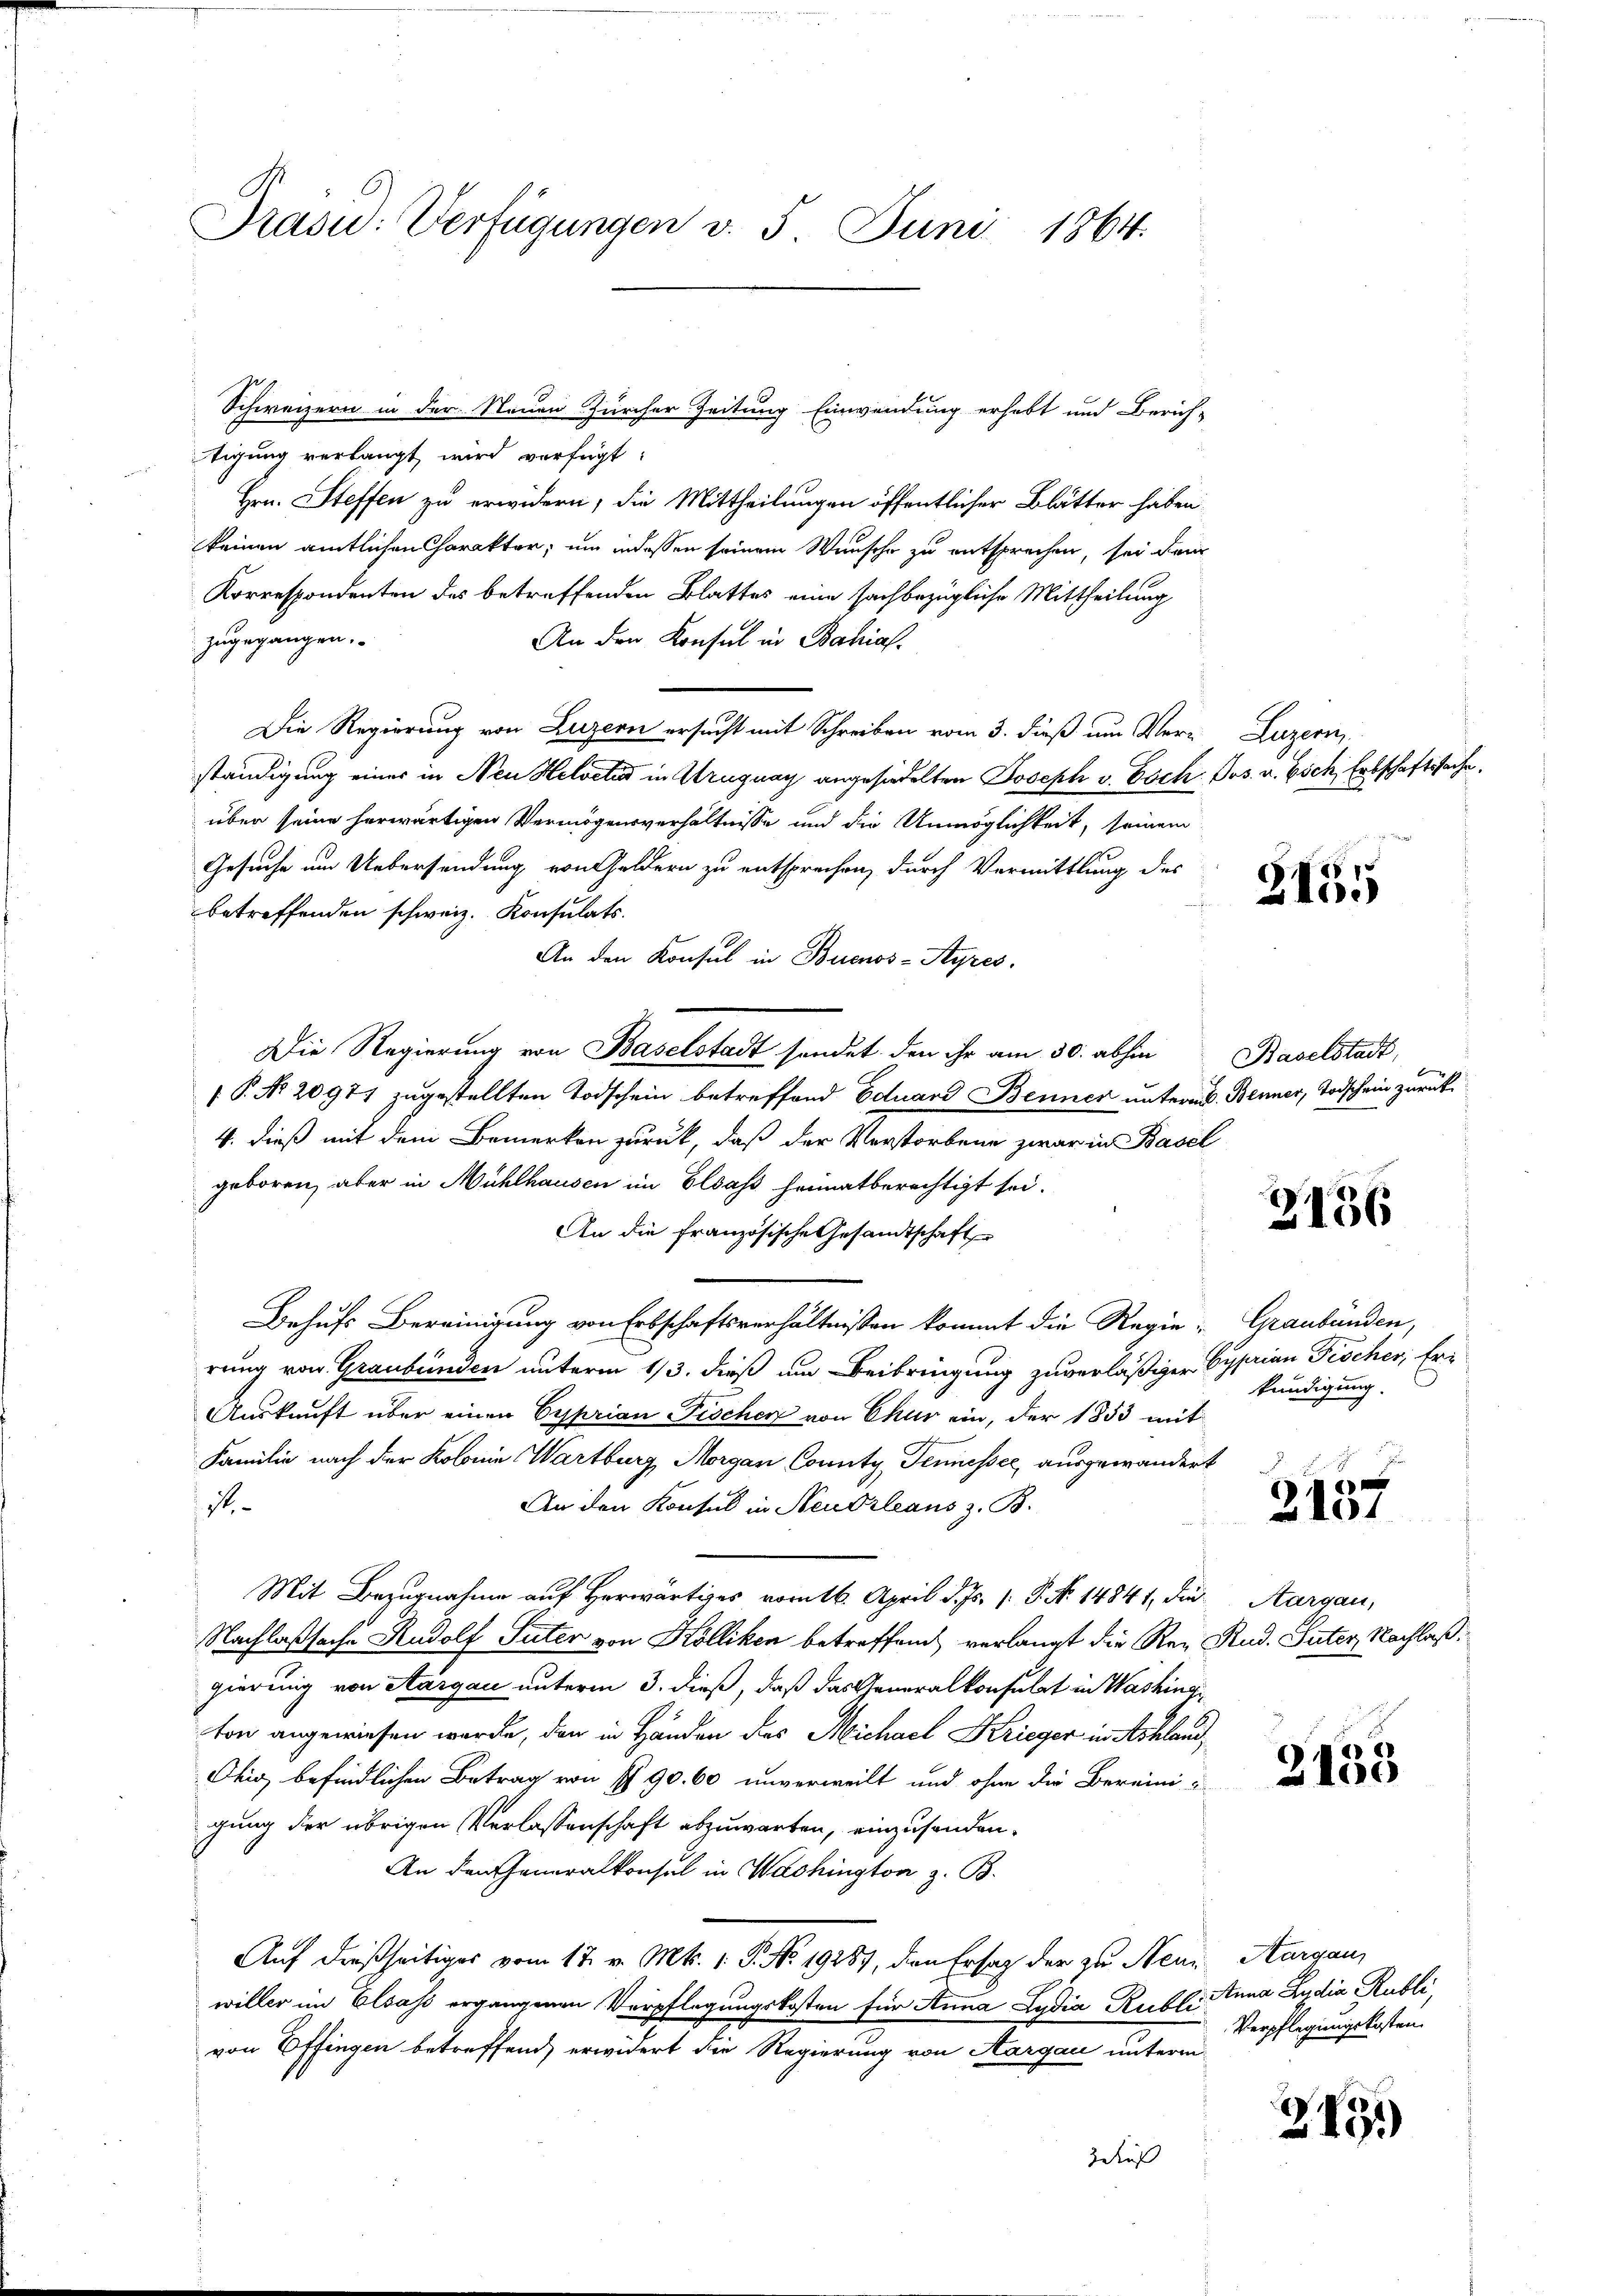
Präsid: Verfügungen v. 5. Juni 1864.

tigung verlangt wird verfügt:
Hrn. Steffen zu erwidern, die Mittheilungen öffentlicher Blätter haben.
keinen amtlichen Charakter, um indessen seinem Wunsche zu entsprechen, sei dar
Korrespondenten des betreffenden Blattes eine sachbezügliche Mittheilung
zugegangen.
An den Konsul in Bahias.
Die Regierung von Luzern ersucht mit Schreiben vom 3. dieß um Ver- Luzern,
ständigung einer in Neu Helveter in Uruguay angesiedelten Joseph v. Esch, Jos. v. Esch Erbschaftssache.
über seine herwärtigen Vermögensverhältnisse und die Unmöglichkeit, seinem
Gesuche um Uebersendung von Geldern zu entsprechen, durch Vermittlung des
betreffenden schweiz. Konsulats.
An den Konsul in Buenos-Ayres.
Die Regierung von Baselstadt sendet, den ihr am 30. abhin
( P. No. 20977 zugestellten Todschein betreffend Eduard Benner untern. Benner, Todschein zurück¬
4. dieß mit dem Bemerken zurück, daß der Verstorbene zwar in Basel
geboren, aber in Mühlhausen im Elsass heimatberechtigt sei.
An die französische Gesandtschaft
Behufs Bereinigung von Erbschaftsverhältnissen kommt die Regie- Graubünden,
rung von Graubünden unterm 1/3. dieß um Beibringung zuverläßiger Cysarian Fischer, Er¬
Auskunft über einen Cyprian Fischer von Chur ein, der 1853 mit
Familie nach der Kolonie Wartburg, Morgan County Tennesser, ausgewandert
1
An den Konsul in Neudrleans z. B.
Mit Bezugnahme auf Herwärtiges vom 16. April d. Js. v. P. Nr. 14841, die
Nachlaßsache Rudolf Suter von Kölliken betreffend verlangt die Reggierung von Aargau unterm 3. dieß, daß das Generalkonsulat in Washing
ton angewiesen werde, den in Händen des Michael Krieger in Ashland,
Ohig befindlichen Betrag von P. 90. 60 unverweilt und ohne die Bereinigu
gung der übrigen Verlassenschaft abzuwarten, einzusenden.
An den Generalkonsul in Washington z. B.
Auf dießseitiges vom 17. v. Mts. 1. P. No. 19289, den Ersag der zu Neun Aargau,
willer im Elsass ergangenen Verpflegungskosten für Anna Ludia Rubli Anna Lydia Publi,
von Effingen betreffend, erwidert die Regierung von Aargau unterm
Zeuß

Schweizern in der Neuen Zürcher Zeitung Einwendung erhebt und Zürich-

455

Baselstadt,

2136

kündigung.

e
2101

Aargau,
Rud. Suter Nachlaß.

2135

2451)

Verpflegungskosten.